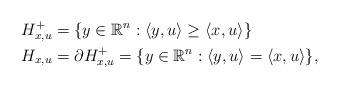
LaTeX: \begin{align*}H_{x, u}^+ &= \{y \in \mathbb R^n: \langle y, u\rangle \ge \langle x, u\rangle\} \\H_{x, u} &= \partial H_{x, u}^+ = \{y \in \mathbb R^n: \langle y, u\rangle = \langle x, u\rangle\},\end{align*}